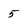
Character: 5